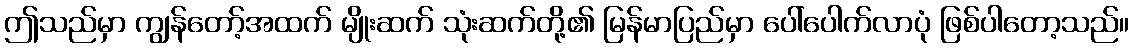
ဤသည်မှာ ကျွန်တော့်အထက် မျိုးဆက် သုံးဆက်တို့၏ မြန်မာပြည်မှာ ပေါ်ပေါက်လာပုံ ဖြစ်ပါတော့သည်။